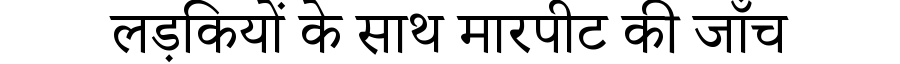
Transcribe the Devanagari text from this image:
लड़कियों के साथ मारपीट की जाँच